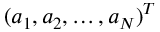
( a _ { 1 } , a _ { 2 } , \ldots , a _ { N } ) ^ { T }